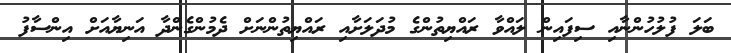
ބަލަ ފުލުހުންނާއި ސިފައިން ލައްވާ ރައްޔިތުންގެ މުދަލަށާއި ރައްޔިތުންނަށް ދެމުންގެންދާ އަނިޔާއަށް އިންސާފު